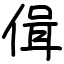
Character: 偮